Report of the Municipal Commissioner on the plague in Bombay for the year ending 31st May... - Volume 2
Disease focus: Plague
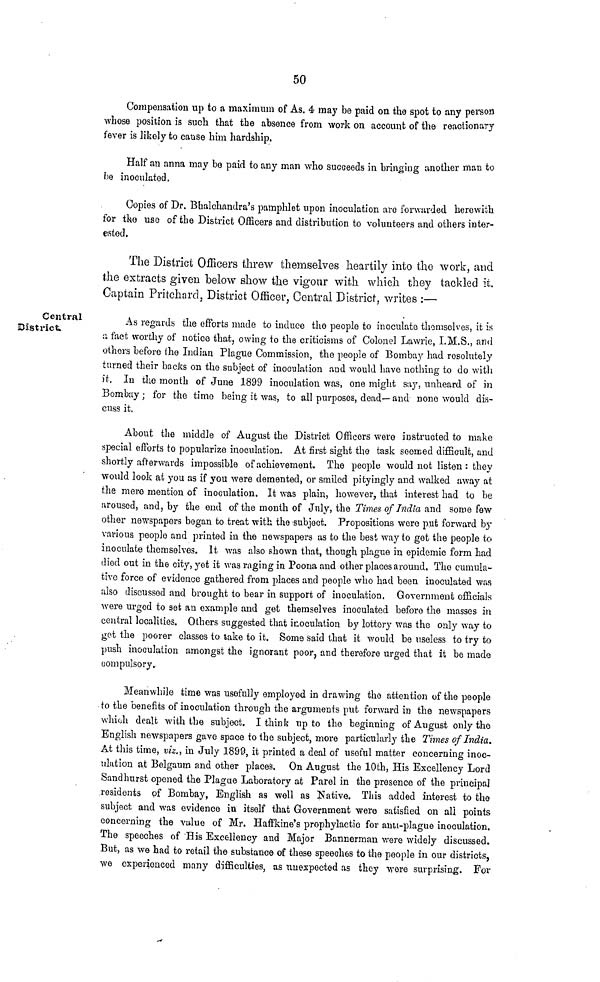
50
Compensation up to a maximum of As. 4 may be paid on the spot to any person
whose position is such that the absence from work on account of the reactionary
fever is likely to cause him hardship.
Half an anna may be paid to any man who succeeds in bringing another man to
be inoculated.
Copies of Dr. Bhalchandra's pamphlet upon inoculation are forwarded herewith
for the use of the District Officers and distribution to volunteers and others inter-
ested.
The District Officers threw themselves heartily into the work, and
the extracts given below show the vigour with which they tackled it.
Captain Pritchard, District Officer, Central District, writes :—
Central
District.
As regards the efforts made to induce the people to inoculate themselves, it is
a fact worthy of notice that, owing to the criticisms of Colonel Lawrie, I.M.S., and
others before the Indian Plague Commission, the people of Bombay had resolutely
turned their backs on the subject of inoculation and would have nothing to do with
it. In the month of June 1899 inoculation was, one might say, unheard of in
Bombay ; for the timo being it was, to all purposes, dead— and none would dis-
cuss it.
About the middle of August the District Officers were instructed to make
special efforts to popularize inoculation. At first sight tho task seemed difficult, and
shortly afterwards impossible of achievement. The people would not listen : they
would look at you as if you were demented, or smiled pityingly and walked away at
the mere mention of inoculation. It was plain, however, that interest had to be
aroused, and, by the end of the month of July, the Times of India and some few
other newspapers began to treat with the subject. Propositions were put forward by
various people and printed in the newspapers as to the best way to get the people to
inoculate themselves. It was also shown that, though plague in epidemic form had
died out in the city, yet it was raging in Poona and other places around. The cumula-
tive force of evidence gathered from places and people who had been inoculated was
also discussed and brought to bear in support of inoculation. Government officials
were urged to set an example and get themselves inoculated before the masses in
central localities. Others suggested that inoculation by lottery was the only way to
got the poorer classes to take to it. Some said that it would be useless to try to
push inoculation amongst the ignorant poor, and therefore urged that it be made
compulsory.
Meanwhile time was usefully employed in drawing the attention of the people
ίο the benefits of inoculation through the arguments put forward in the newspapers
which dealt with the subject. I think up to the beginning of August only the
English newspapers gave space to the subject, more particularly the Times of India,
At this time, viz., in July 1899, it printed a deal of useful matter concerning inoc-
ulation at Belgaum and other places. On August the 10th, His Excellency Lord
Sandhurst opened the Plague Laboratory at Parel in the presence of the principal
residents of Bombay, English as well as Native. This added interest to the
subject and was evidence in itself that Government were satisfied on all points
concerning the value of Mr. Haffkine's prophylactic for anti-plague inoculation.
The speeches of His Excellency and Major Bannerman were widely discussed.
But, as we had to retail the substance of these speeches to the people in our districts,
we experienced many difficulties, as unexpected as they were surprising. For